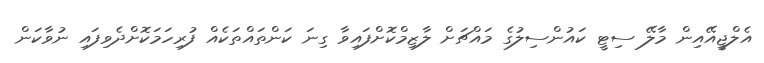
އެލްޖީއޭއިން މާލޭ ސިޓީ ކައުންސިލުގެ މައްޗަށް ލާޒިމްކޮށްފައިވާ ގިނަ ކަންތައްތަކެއް ފުރިހަމަކޮށްދެވިފައި ނުވާކަން